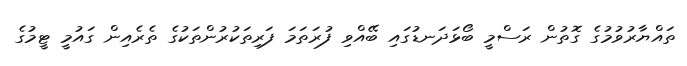
ތައްޔާރުވުމުގެ ގޮތުން ރަސްމީ ބޯޅަދަނޑުގައި ބޭއްވި ފުރަތަމަ ފަރިތަކުރުންތަކުގެ ތެރެއިން ގައުމީ ޓީމުގެ